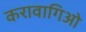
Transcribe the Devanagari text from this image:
करावागिओ